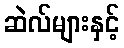
ဆဲလ်များနှင့်